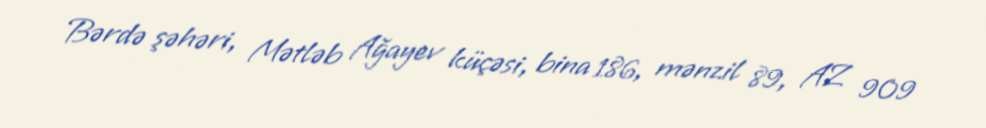
Bərdə şəhəri, Mətləb Ağayev küçəsi, bina 186, mənzil 89, AZ 909